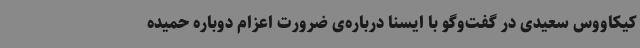
کیکاووس سعیدی در گفت‌وگو با ایسنا درباره‌ی ضرورت اعزام دوباره حمیده